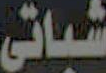
شباتي